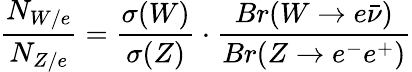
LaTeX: \frac{N_{W/e}}{N_{Z/e}}=\frac{\sigma(W)}{\sigma(Z)}\cdot\frac{Br(W\to e\bar{\nu})}{Br(Z\to e^{-}e^{+})}